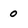
Character: 0